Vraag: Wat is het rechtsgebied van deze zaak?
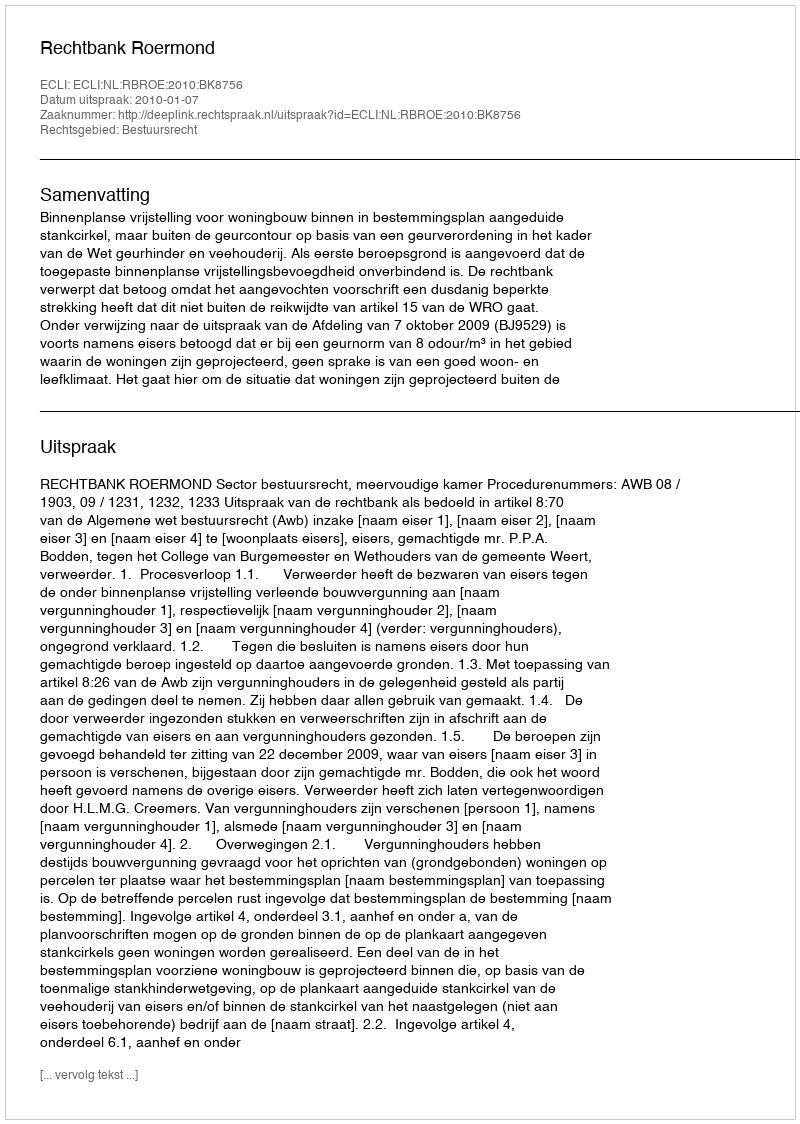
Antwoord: Bestuursrecht